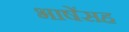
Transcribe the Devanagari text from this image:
भाषेंसह